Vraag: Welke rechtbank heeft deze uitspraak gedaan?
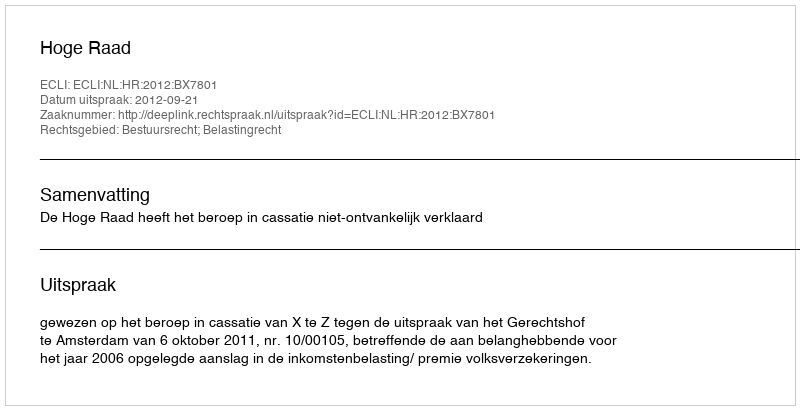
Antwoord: Hoge Raad